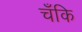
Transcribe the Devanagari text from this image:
चँकि